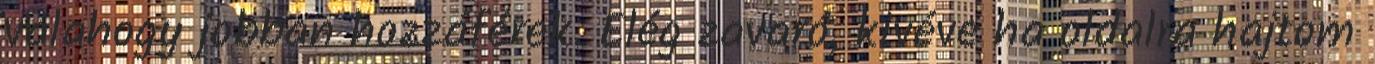
valahogy jobban hozzáférek. Elég zavaró, kivéve ha oldalra hajtom